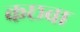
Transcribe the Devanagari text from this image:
कछवा